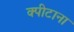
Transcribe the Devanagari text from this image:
क्पीटाना